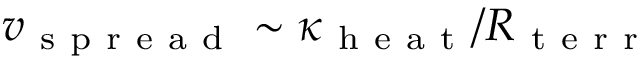
v _ { \mathrm { ~ s ~ p ~ r ~ e ~ a ~ d ~ } } \sim \kappa _ { \mathrm { ~ h ~ e ~ a ~ t ~ } } / R _ { \mathrm { ~ t ~ e ~ r ~ r ~ } }